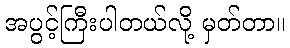
အပွင့်ကြီးပါတယ်လို့ မှတ်တာ။